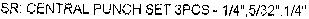
SR: CENTRAL PUNCH SET 3PCS - 1/4",5/32".1/4"